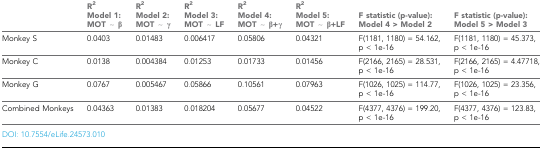
<table><thead><tr><td></td><td><b>R<sup>2</sup>Model 1:MOT ~ β</b></td><td><b>R<sup>2</sup>Model 2:MOT ~ γ</b></td><td><b>R<sup>2</sup>Model 3:MOT ~ LF</b></td><td><b>R<sup>2</sup>Model 4:MOT ~ β+γ</b></td><td><b>R<sup>2</sup>Model 5:MOT ~ β+LF</b></td><td><b>F statistic (p-value):Model 4 &gt; Model 2</b></td><td><b>F statistic (p-value):Model 5 &gt; Model 3</b></td></tr></thead><tbody><tr><td>Monkey S</td><td>0.0403</td><td>0.01483</td><td>0.006417</td><td>0.05806</td><td>0.04321</td><td>F(1181, 1180) = 54.162, p &lt; 1e-16</td><td>F(1181, 1180) = 45.373, p &lt; 1e-16</td></tr><tr><td>Monkey C</td><td>0.0138</td><td>0.004384</td><td>0.01253</td><td>0.01733</td><td>0.01456</td><td>F(2166, 2165) = 28.531, p &lt; 1e-16</td><td>F(2166, 2165) = 4.47718, p &lt; 1e-16</td></tr><tr><td>Monkey G</td><td>0.0767</td><td>0.005467</td><td>0.05866</td><td>0.10561</td><td>0.07963</td><td>F(1026, 1025) = 114.77, p &lt; 1e-16</td><td>F(1026, 1025) = 23.356, p &lt; 1e-16</td></tr><tr><td>Combined Monkeys</td><td>0.04363</td><td>0.01383</td><td>0.018204</td><td>0.05677</td><td>0.04522</td><td>F(4377, 4376) = 199.20, p &lt; 1e-16</td><td>F(4377, 4376) = 123.83, p &lt; 1e-16</td></tr></tbody></table>